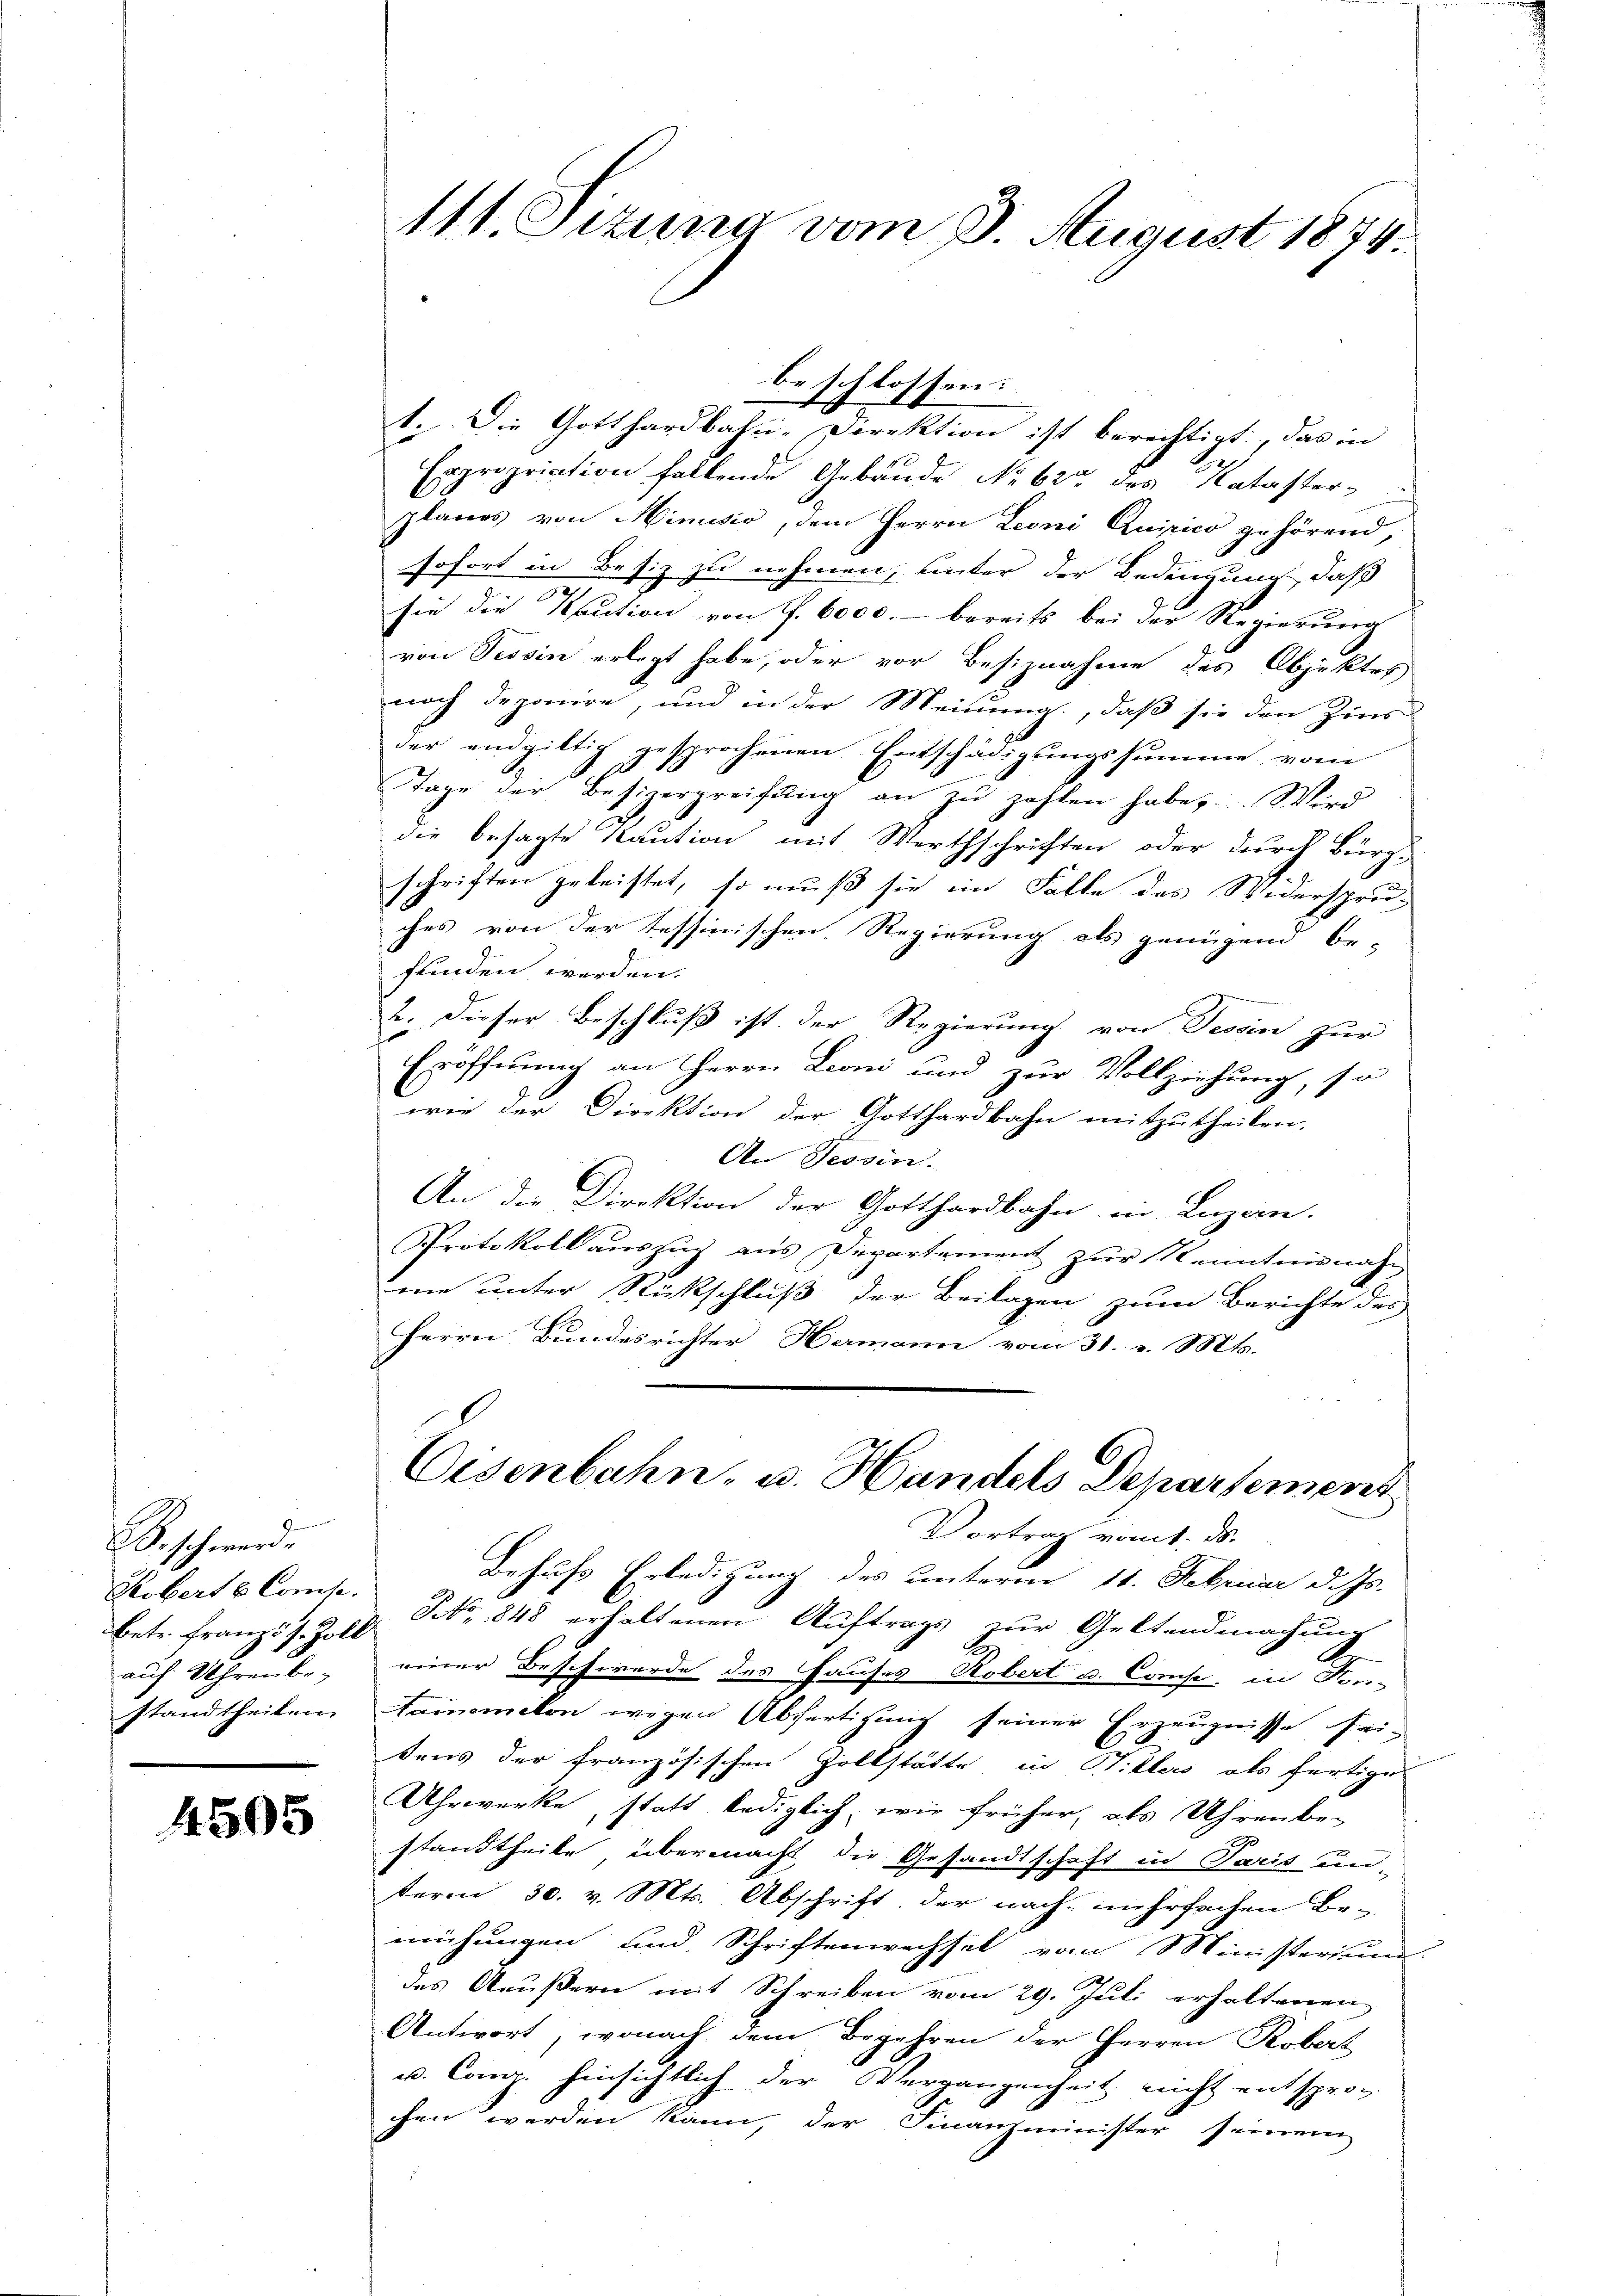
B. schwerde
Kobert & Comp.
betr. Franz 57. Zoll
auf Uhrenbe-

4505

1. Die Gotthardbahn-Direktion ist berechtigt, das in
Expropriation fallende Gebäude No 62 des Katasterplanes von Minisio, dem Herrn Leoni Quirico gehörend,
sofort in Besiz zu nehmen, unter der Bedeugung, daß
sie die Kaution von f. 6000.- bereits bei der Regierung
von Tessin erlegt habe, oder vor Besiznahme des Objektes
noch deponire, und in der Meinung, daß sie den Zins
der endgültig gesprochenen Entschädigungssumme vom
.
Tage der Besizergreifung an zu zahlen habe. Wird
die besagte Kaution mit Werthschriften oder durch Bürg-
schriften geleistet, so muß sie im Falle des Widerspru-
ches von der Tessinischen Regierung als genügend be-
funden werden.
2
2. Dieser Beschluß ist. Der Regierung von Tessin zur
Eröffnung an Herrn Lioni und zur Vollziehung, so
wie der Direktion der Gotthardbahn mitzutheilen.
An Tessin.
An die Direktion der Gotthardbahn in Luzan.
Protokoll auszug aus Departement zur Kenntnisnahme unter Rückschluß der Beilagen zum Berichte des
Herrn Bundesrichter Hermann vom 31. v. Mts.
Eisenbahn, u. Handels Departement
Vortrag vom 1. ds.
Behufs Erledigung des unterm 11. Februar d. Js.
NNo. 1848 erhaltenen Auftrags zur Geltendmachung
einer Beschwerde des Hauses Robert u. Conse, in Kon-
standtheilen Sammeton wegen Abfertigung seiner Erzeugnisse fri-
tens der französischen Zollstätte in Witters als fertige
Uhrwerke, statt lediglich, wie früher, als Uhrenbe-
standtheile übermacht die Gesandtschaft in Paris un-
term 30. v. Mts. Abschrift der nach mehrfachen Be-
mühungen und Schriftenwechsel vom Ministerium
des Aeußern mit Schreiben vom 29. Juli erhaltenen
Antwort, wonach dem Begehren der Herren Robert
u. Comp. hinsichtlich der Vergangenheit nicht entsprochen werden kann, der Finanzminister seinem

111. Sizung vom 8. August 1874.

beschlossen: